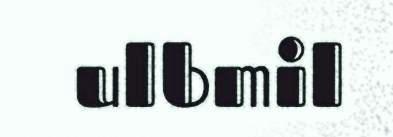
ulbmil